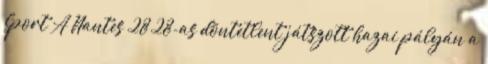
Sport A Nantes 28–28-as döntetlent játszott hazai pályán a